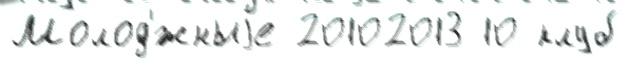
Молод'́жныjе 20102013 10 клуб